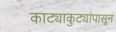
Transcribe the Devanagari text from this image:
काट्याकुट्यांपासून